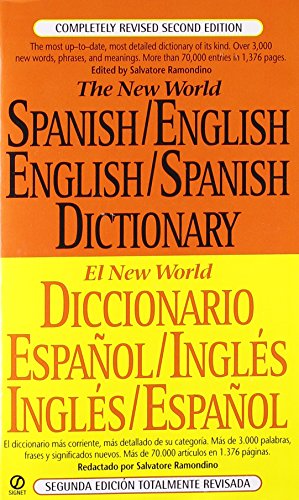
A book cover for The New World Spanish/English, English/Spanish Dictionary (El New World Diccionario espaÃ±ol/inglÃ©s, inglÃ©s/espaÃ±ol) (Spanish and English Edition); Reference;